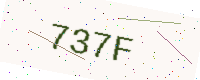
Text: 737F